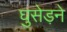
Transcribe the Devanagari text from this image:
घुसेड़ने